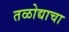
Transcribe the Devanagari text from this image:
तळोद्याचा